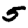
Digit: 5